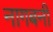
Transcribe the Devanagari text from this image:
नागबनी